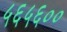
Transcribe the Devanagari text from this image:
५६५६००